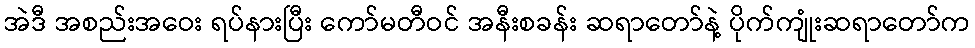
အဲဒီ အစည်းအဝေး ရပ်နားပြီး ကော်မတီဝင် အနီးစခန်း ဆရာတော်နဲ့ ပိုက်ကျုံးဆရာတော်က